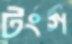
টংগ